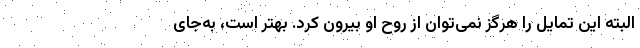
البته این تمایل را هرگز نمی‌توان از روح او بیرون کرد. بهتر است، به‌جای